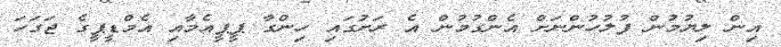
އިން ލިޔުމުން ފުލުހުންނަށް އެންގުމުން އެ ރަށުގައި ހިންގާ ޕީޕީއެމާއި އެމްޑީޕީގެ ޖަގަހަ